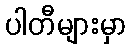
ပါတီများမှာ